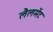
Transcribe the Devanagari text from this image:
लैलमेंट